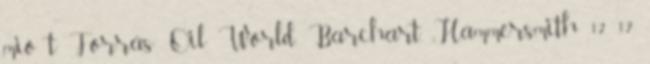
mio t Forrás: Oil World, Barchart, Hammersmith 12 12